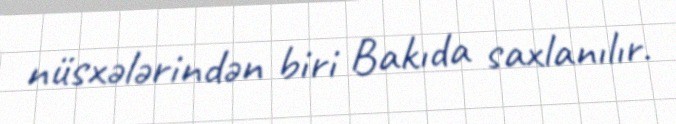
nüsxələrindən biri Bakıda saxlanılır.